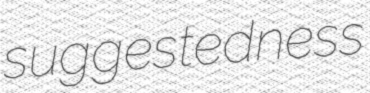
suggestedness